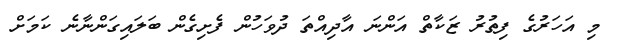
މި އަހަރުގެ ފިތުރު ޒަކާތް އަންނަ އާދިއްތަ ދުވަހުން ފެށިގެން ބަލައިގަންނާނެ ކަމަށް